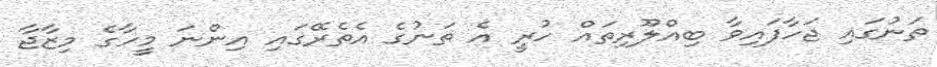
ތަނުގައި ޖަހާފައިވާ ބިއްލޫރިތައް ހުރީ އެ ތަނުގެ އެތެރޭގައި އިންނަ މީހާގެ މިޒާޖާ